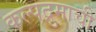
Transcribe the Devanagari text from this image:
कल्पद्रुमाची